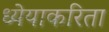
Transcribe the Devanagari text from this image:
ध्येयाकरिता